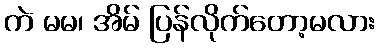
ကဲ မမ၊ အိမ် ပြန်လိုက်တော့မလား